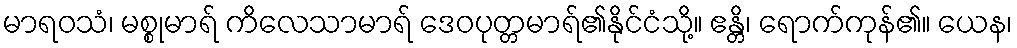
မာရဝသံ၊ မစ္စုမာရ် ကိလေသာမာရ် ဒေဝပုတ္တမာရ်၏နိုင်ငံသို့။ ဧန္တိ၊ ရောက်ကုန်၏။ ယေန၊